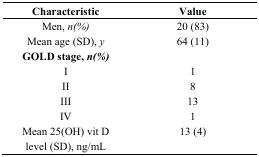
<table><thead><tr><td><b>Characteristic</b></td><td><b>Value</b></td></tr></thead><tbody><tr><td>Men, <i>n(%)</i></td><td>20 (83)</td></tr><tr><td>Mean age (SD), <i>y</i></td><td>64 (11)</td></tr><tr><td><b>GOLD stage, <i>n(%)</i></b></td><td></td></tr><tr><td>I</td><td>1</td></tr><tr><td>II</td><td>8</td></tr><tr><td>III</td><td>13</td></tr><tr><td>IV</td><td>1</td></tr><tr><td>Mean 25(OH) vit D</td><td>13 (4)</td></tr><tr><td>level (SD), ng/mL</td><td></td></tr></tbody></table>